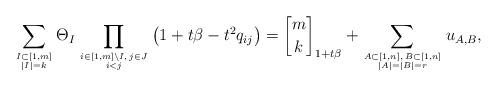
LaTeX: \begin{align*}\sum_{I \subset [1,m] \atop |I|=k} \Theta_{I}\prod_{i \in [1,m] {\setminus} I, \, j \in J \atop i < j} \big(1+t \beta-t^2 q_{ij}\big)= {m \brack k} _{1+t \beta} +\sum_{A \subset [1,n], \, B \subset[1,n] \atop |A|=|B|=r} u_{A,B},\end{align*}